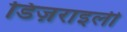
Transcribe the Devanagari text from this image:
डिज़राइली